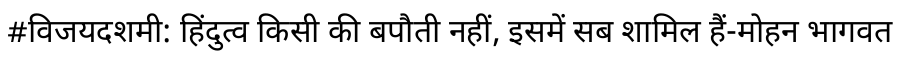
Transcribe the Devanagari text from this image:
#विजयदशमी: हिंदुत्व किसी की बपौती नहीं, इसमें सब शामिल हैं-मोहन भागवत